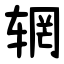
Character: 辋